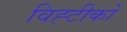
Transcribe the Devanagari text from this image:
विह्टीको